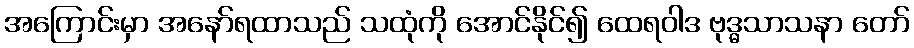
အကြောင်းမှာ အနော်ရထာသည် သထုံကို အောင်နိုင်၍ ထေရဝါဒ ဗုဒ္ဓသာသနာ တော်